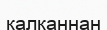
қалқаннан